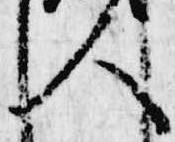
人